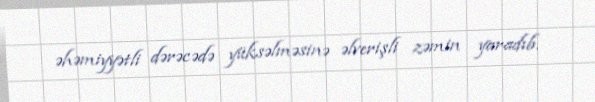
əhəmiyyətli dərəcədə yüksəlməsinə əlverişli zəmin yaradıb.